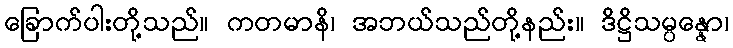
ခြောက်ပါးတို့သည်။ ကတမာနိ၊ အဘယ်သည်တို့နည်း။ ဒိဋ္ဌိသမ္ပန္နော၊